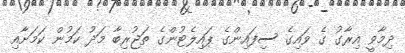
ދިމާވީ އިރާގު ގެ ވައިގެ ސިފައިންގެ ޕައިލެޓުންގެ ތަޖުރިބާ މަދު ކަމުން ކަމަށާއި